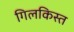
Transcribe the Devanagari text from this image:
गिलकिस्त